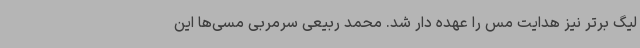
لیگ برتر نیز هدایت مس را عهده دار شد. محمد ربیعی سرمربی مسی‌ها این